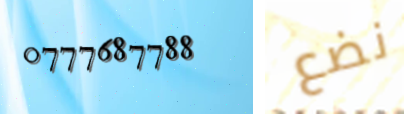
0777687788 نضع